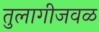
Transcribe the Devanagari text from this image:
तुलागीजवळ